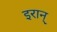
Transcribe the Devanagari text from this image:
इरान्